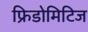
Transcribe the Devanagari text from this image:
फ्रिडोमिटिज